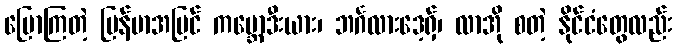
ပြောကြတဲ့ မြန်မာအပြင် ကမ္ဘောဒီးယား၊ ဘင်္ဂလားဒေ့ရှ်၊ လာအို စတဲ့ နိုင်ငံတွေလည်း